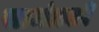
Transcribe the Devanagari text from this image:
साभंळली